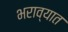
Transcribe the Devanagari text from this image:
भराव्यात